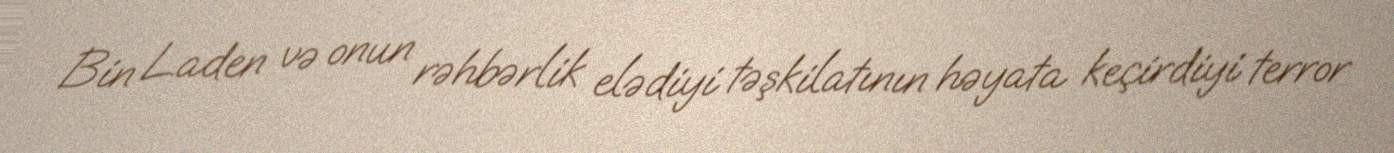
Bin Laden və onun rəhbərlik elədiyi təşkilatının həyata keçirdiyi terror